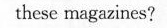
these magazines?